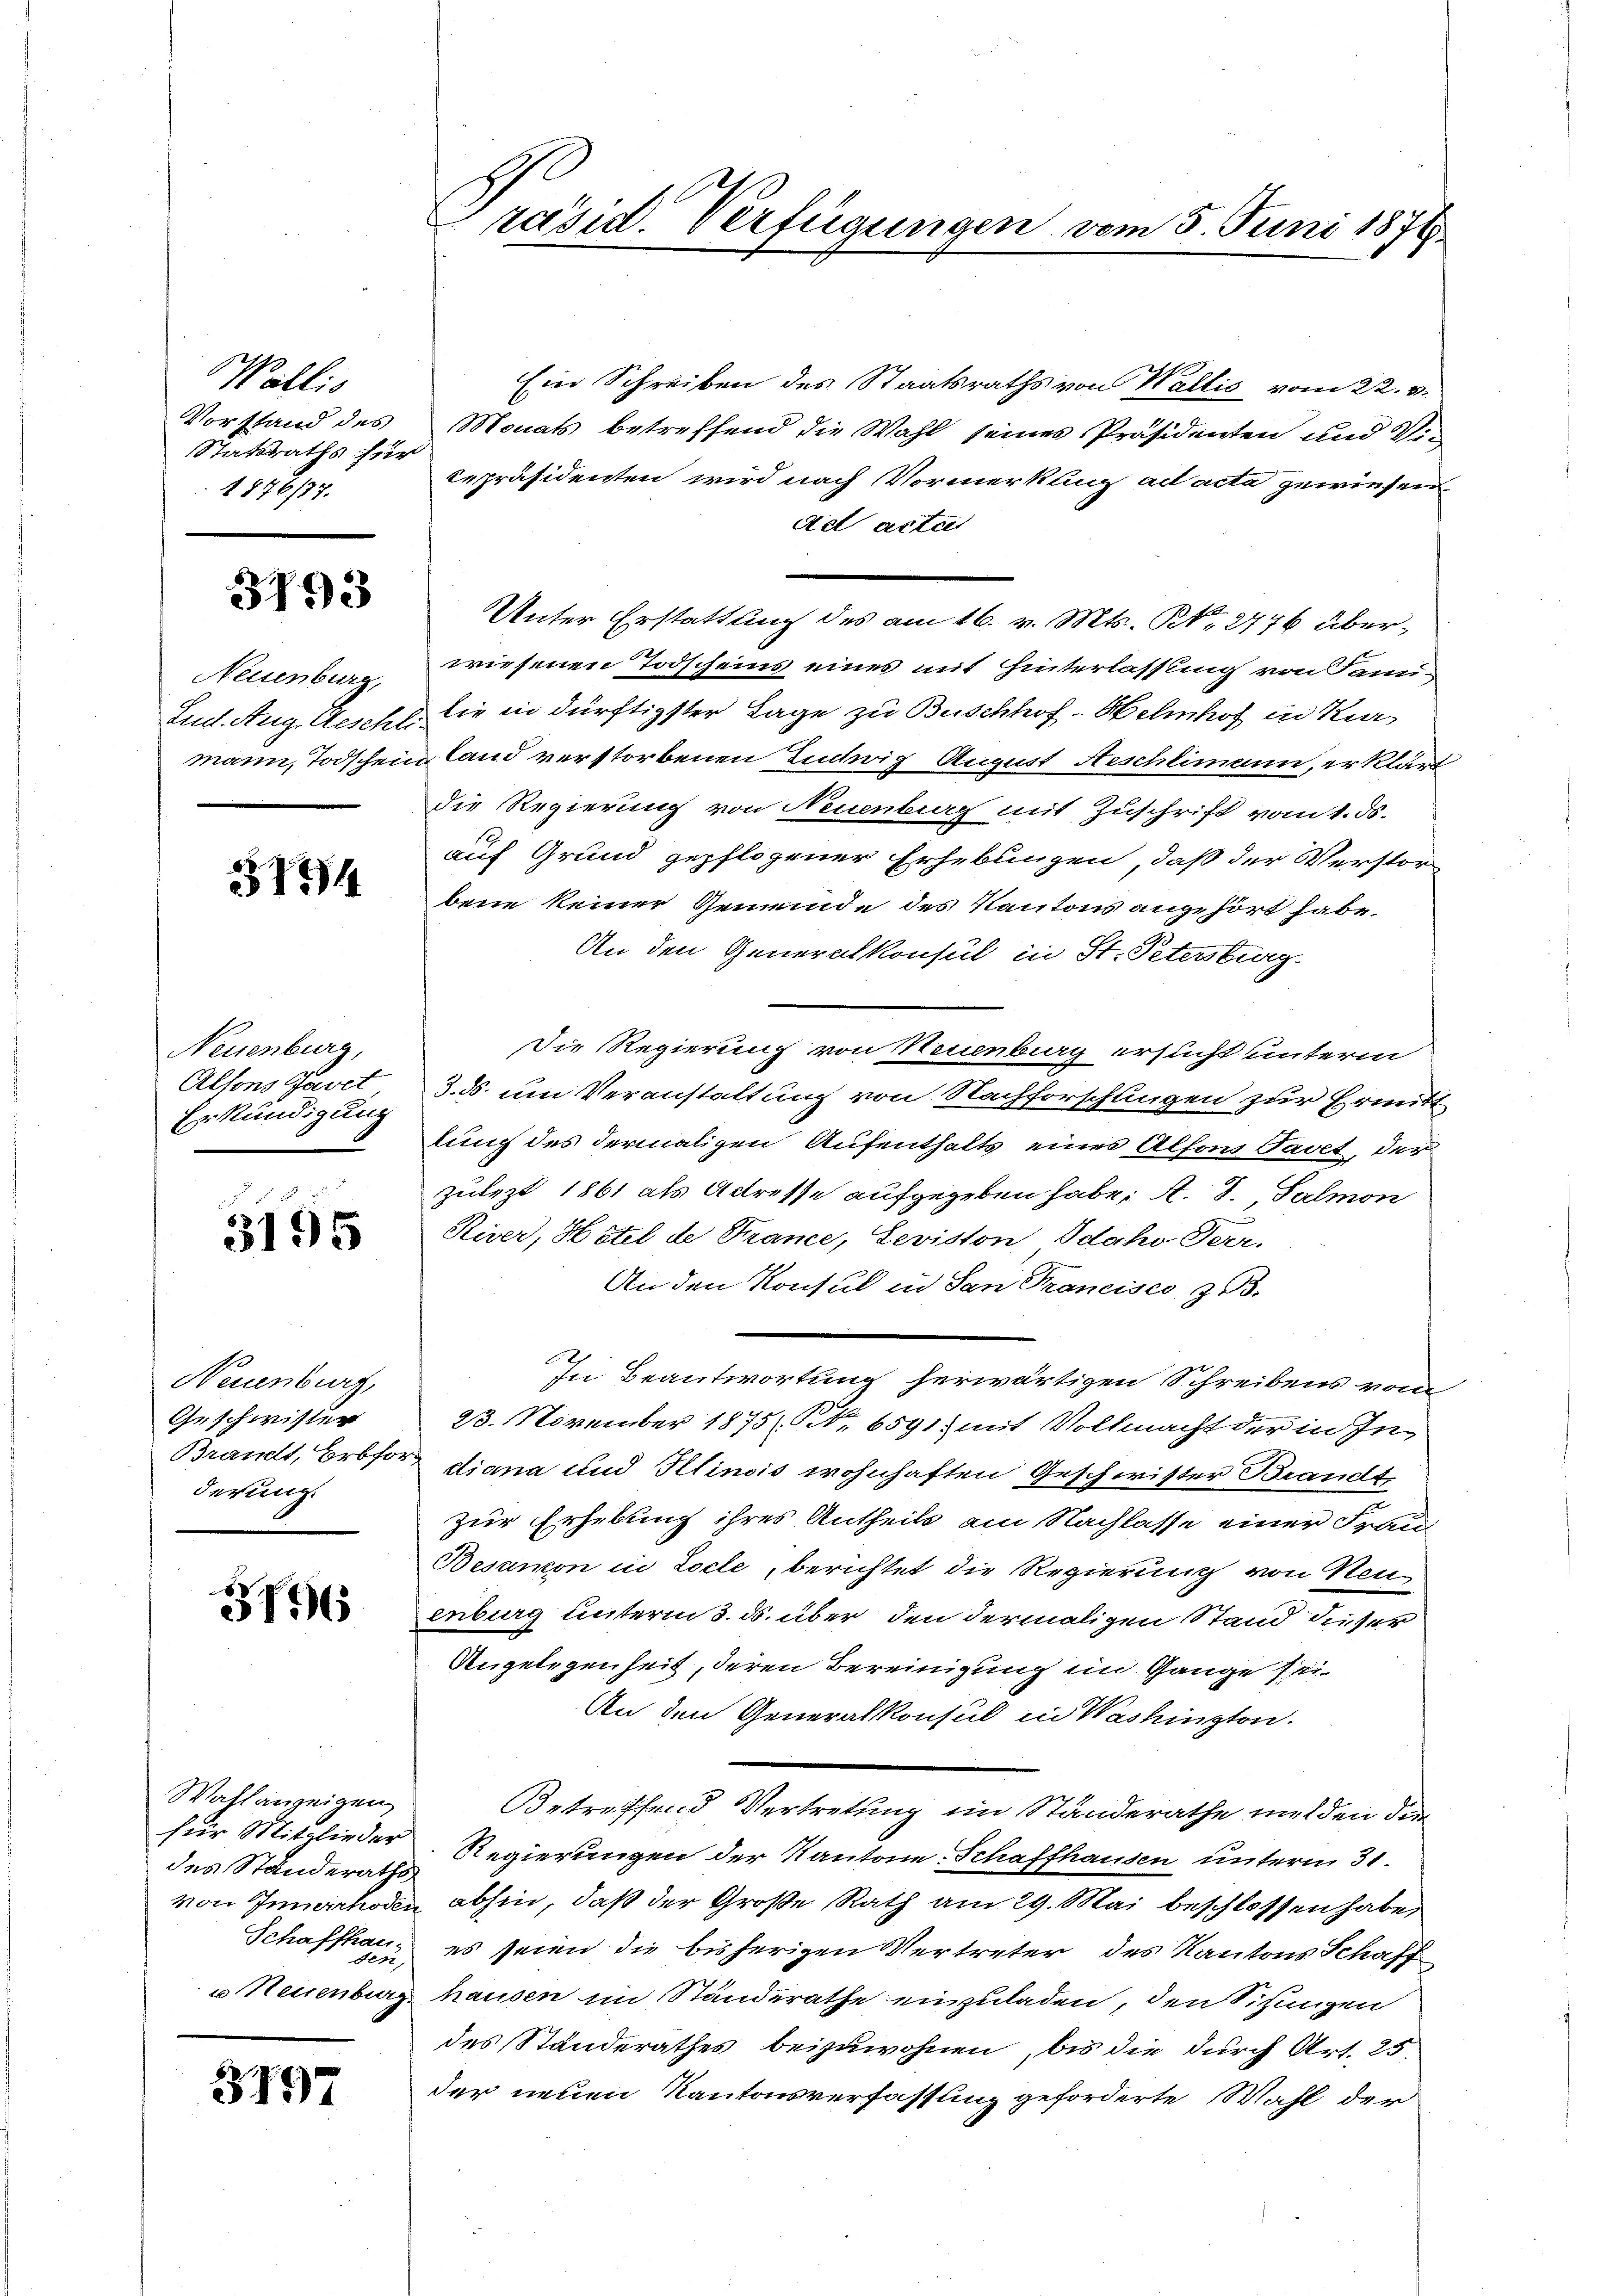
Wallis
Vorstand des
Statsraths für
1876/77.

3193

Neuenburg,
Lud. Aug. Beschli
mann, Todschein

3774

Neuenburg,
Alsons Tavet
Erkundigung

3195

Neuenburg,
Geschwisten
Brandt, Erbfor
derung.

3176

Wahlanzeigen
für Mitglieder
des Standeraths
von Innerrhoden
Schaffhau

3797

räsid. Verfügungen vom 5. Juni 1874.

Ein Schreiben des Staatsraths von Wallis vom 22. v.
Monats betreffend die Wahl seines Präsidenten und Vi¬
Repräsidenten wird nach Vormerkung ad acta gewiesen
det actuel
Unter Erstattung des am 16. v. Mts. Bd. 2776 überwiesenen Todscheins eines mit Hinterlassung von Samlie in dürftigster Tage zu Buschhof - Helmhof in Kirland verstorbenen Ludwig August Aeschlimann, erklärt
die Regierung von Neuenburg mit Zuschrift vom 1. ds.
auf Grund gepflogener Erhebungen, daß der Verstor-
bene keiner Gemeinde des Kantons angehört habe.
An den Generalkonsul in St. Petersburg.
Die Regierung von Neuenburg ersucht unterm
3. ds. um Veranstaltung von Nachforschungen zur Ermittlung des dermaligen Aufenthalts eines Alfons Favet, der
Zulezt 1861 als Actresse aufgegeben habe. A. S. Sulmon
River, Hotel de Trance, Leviston Idaho Terr.
An den Konsul in San Francisco z. B.
In Beantwortung herwärtigen Schreibens vom
23. November 1875. 6591. mit Vollmacht der in Indiana und Plinois wohnhaften Geschwister Brandt,
zur Erhebung ihres Antheils am Nachlasse einer Frau
Besamon in Locle, berichtet die Regierung von Neu
enburg unterm 3. ds. über den dermaligen Stand dieser
Angelegenheit, deren Bereinigung im Gange sei
An den Generalkonsul in Washington.
Betreffend Vertretung im Standerathe melden die
Regierungen der Kantone Schaffhausen unterm 31.
abhin, daß der Große Rath am 29. Mai beschlossen habe,
es seien die bisherigen Vertreter des Kantons Schaff
u Neuenburg hausen im Ständerathe einzuladen, den Sitzungen
des Standerathes beizuwohnen, bis die durch Art. 25.
der neuen Kantonsverfassung geforderte Wahl der